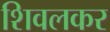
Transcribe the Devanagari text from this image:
शिवलकर